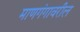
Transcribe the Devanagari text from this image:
माणगंगावरील